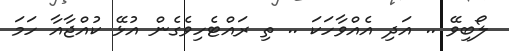
ލޯބިވޭ .. އަދި އެއްވާހަކަ .. ތި ރައްޓެހިވެގެން އުޅޭ ކުއްޖާއާ ހަމަ